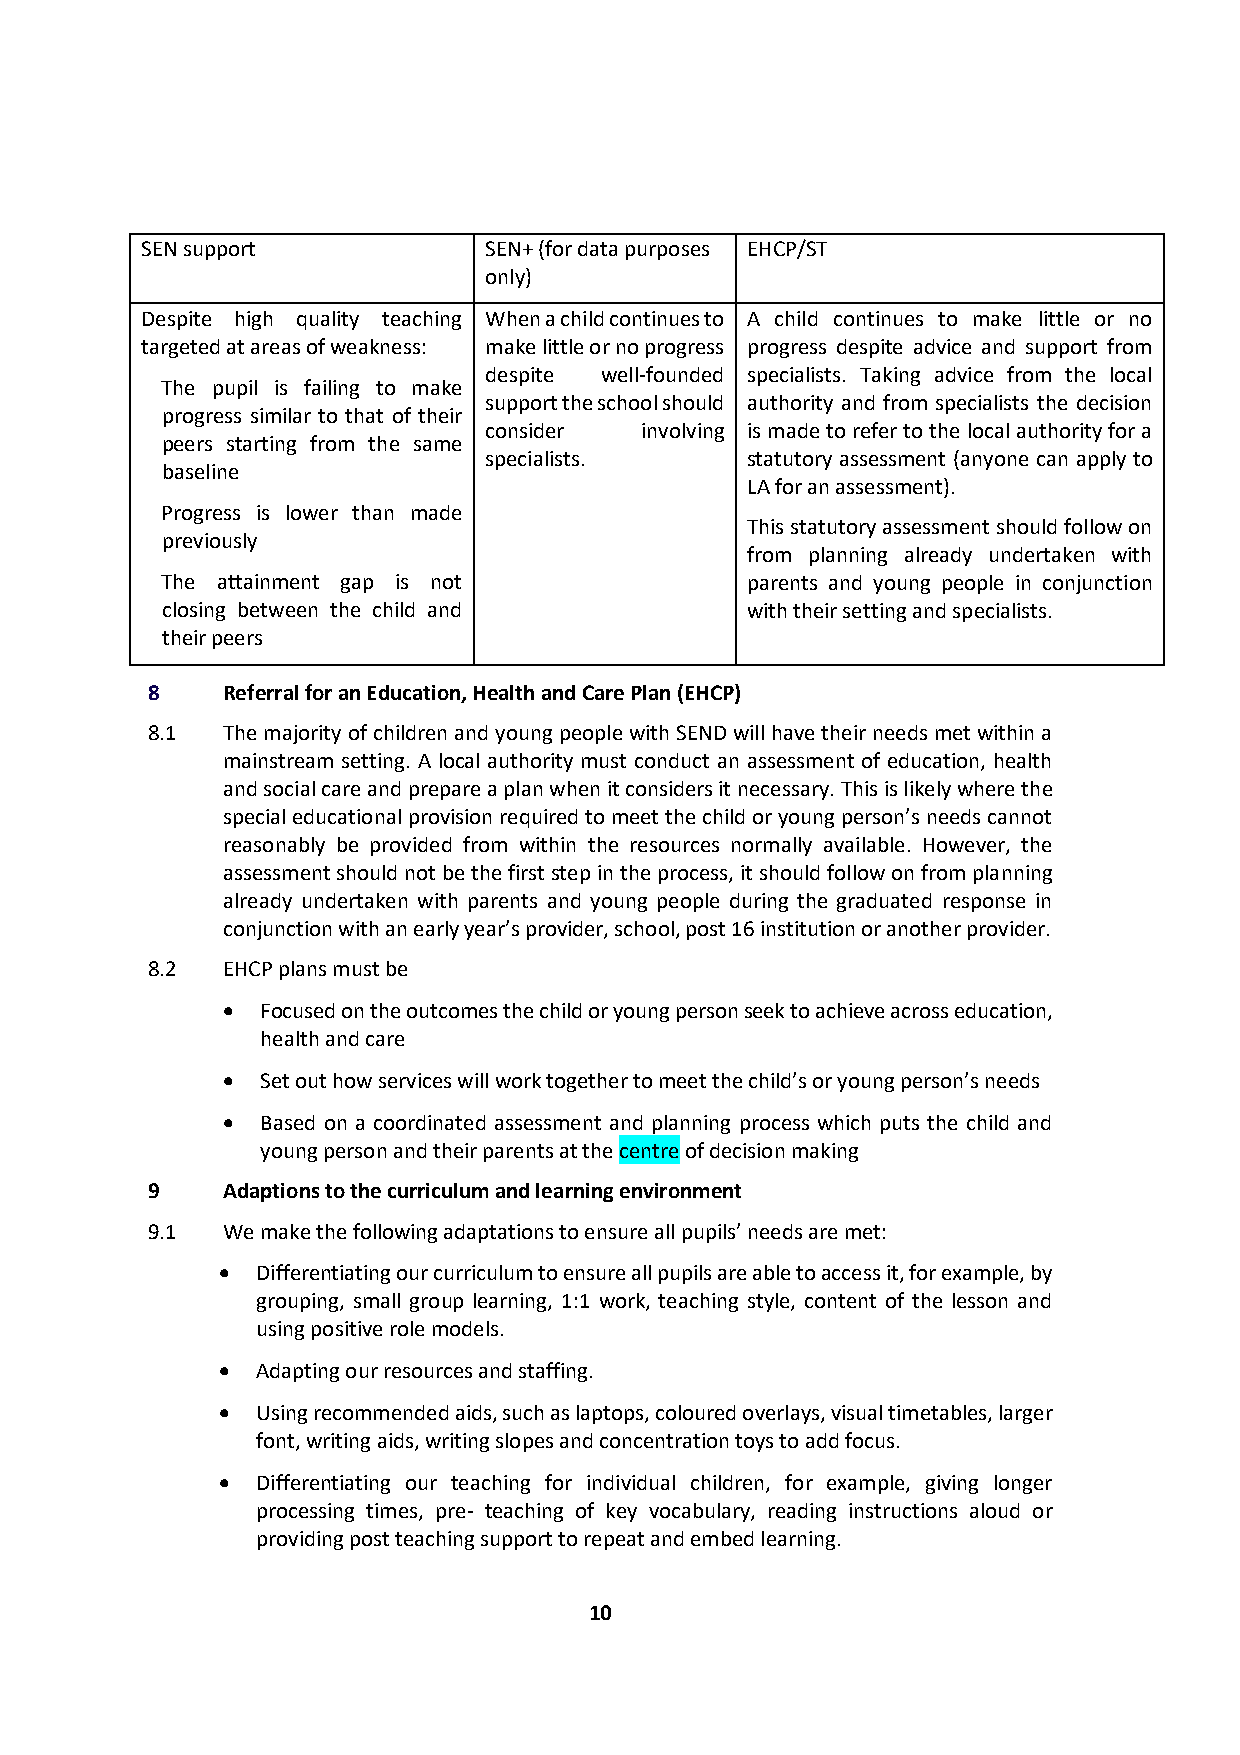
SEN support            SEN+ (for data purposes EHCP/ST
 only)
 Despite high quality teaching When a child continues to A child continues to make little or no
 targeted at areas of weakness: make little or no progress progress despite advice and support from
 despite well-founded specialists. Taking advice from the local
 -         The pupil is failing to make
 support the school should authority and from specialists the decision
 progress similar to that of their
 consider  involving is made to refer to the local authority for a
 peers starting from the same
 specialists.     statutory assessment (anyone can apply to
 baseline
 LA for an assessment).
 -         Progress is lower than made
 This statutory assessment should follow on
 previously
 from planning already undertaken with
 -         The attainment gap is not             parents and young people in conjunction
 closing between the child and         with their setting and specialists.
 their peers
 8    Referral for an Education, Health and Care Plan (EHCP)
 8.1  The majority of children and young people with SEND will have their needs met within a
 mainstream setting. A local authority must conduct an assessment of education, health
 and social care and prepare a plan when it considers it necessary. This is likely where the
 special educational provision required to meet the child or young person’s needs cannot
 reasonably be provided from within the resources normally available. However, the
 assessment should not be the first step in the process, it should follow on from planning
 already undertaken with parents and young people during the graduated response in
 conjunction with an early year’s provider, school, post 16 institution or another provider.
 8.2  EHCP plans must be
 • Focused on the outcomes the child or young person seek to achieve across education,
 health and care
 • Set out how services will work together to meet the child’s or young person’s needs
 • Based on a coordinated assessment and planning process which puts the child and
 young person and their parents at the centre of decision making
 9    Adaptions to the curriculum and learning environment
 9.1  We make the following adaptations to ensure all pupils’ needs are met:
 •  Differentiating our curriculum to ensure all pupils are able to access it, for example, by
 grouping, small group learning, 1:1 work, teaching style, content of the lesson and
 using positive role models.
 •  Adapting our resources and staffing.
 •  Using recommended aids, such as laptops, coloured overlays, visual timetables, larger
 font, writing aids, writing slopes and concentration toys to add focus.
 •  Differentiating our teaching for individual children, for example, giving longer
 processing times, pre- teaching of key vocabulary, reading instructions aloud or
 providing post teaching support to repeat and embed learning.
 10